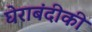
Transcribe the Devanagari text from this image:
घेराबंदीकी